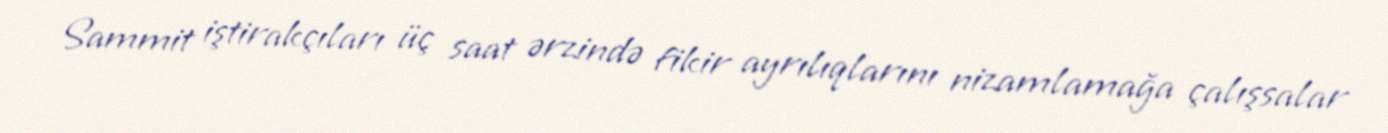
Sammit iştirakçıları üç saat ərzində fikir ayrılıqlarını nizamlamağa çalışsalar